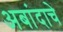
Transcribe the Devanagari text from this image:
अबांदाचे